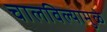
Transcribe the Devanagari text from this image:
चालविल्यामुळे